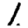
Digit: 1